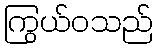
ကြွယ်ဝသည်